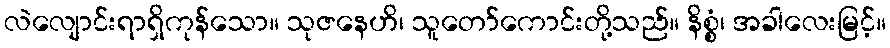
လဲလျောင်းရာရှိကုန်သော။ သုဇနေဟိ၊ သူတော်ကောင်းတို့သည်။ နိစ္စံ၊ အခါလေးမြင့်။